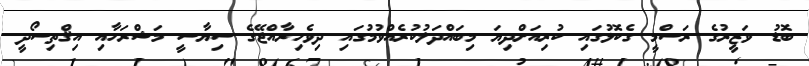
ބޮޑު ވަޒީރުގެ ރަސްމީ ގެކޮޅުގައި ކުރިއަށްދިޔަ މިބައްދަލުކުރެއްވުމުގައި ދިވެހިރާއްޖޭގެ ސިޔާސީ މަޝްރަހާއި އިޤްތިސޯދީ